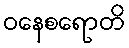
ဝနေစရောတိ